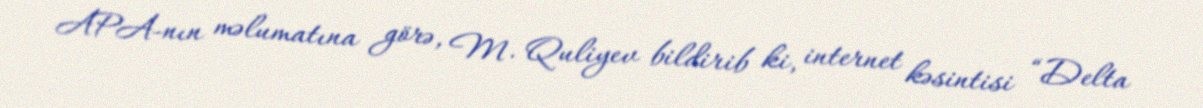
APA-nın məlumatına görə, M. Quliyev bildirib ki, internet kəsintisi “Delta